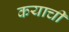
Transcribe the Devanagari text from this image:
कयाचीं